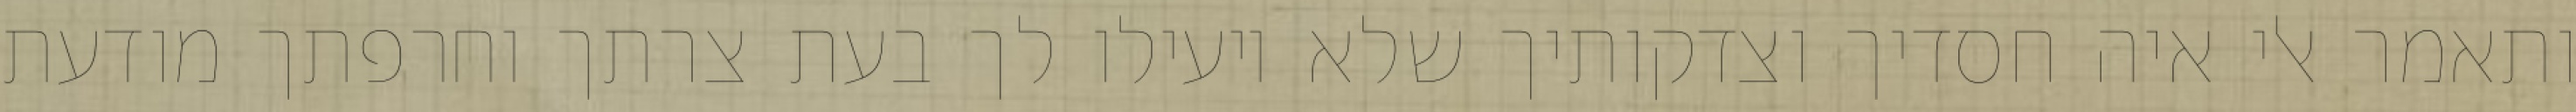
ותאמר אלי איה חסדיך וצדקותיך שלא יועילו לך בעת צרתך וחרפתך מודעת